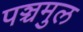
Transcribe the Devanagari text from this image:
पञ्चमुल